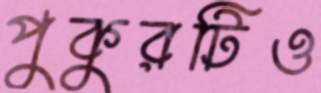
পুকুরটিও